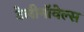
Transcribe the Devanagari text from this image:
टेलीनॉवेल्स